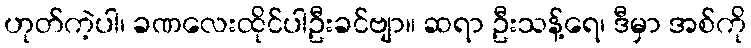
ဟုတ်ကဲ့ပါ၊ ခဏလေးထိုင်ပါဦးခင်ဗျာ။ ဆရာ ဦးသန့်ရေ၊ ဒီမှာ အစ်ကို